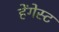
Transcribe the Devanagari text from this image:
हेंगेस्ट